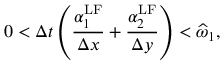
0 < \Delta t \left( \frac { \alpha _ { 1 } ^ { \mathrm { { L F } } } } { \Delta x } + \frac { \alpha _ { 2 } ^ { \mathrm { { L F } } } } { \Delta y } \right) < \widehat { \omega } _ { 1 } ,